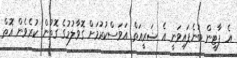
އެ ޕާޓީން ބުނެފައިވަނީ އެ ޝަރީއަތް އަވަސްކުރުމަށް ގޮވާލުމުގެ ގޮތުން ކުރެވެން އޮތް